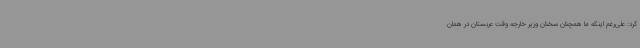
کرد: علی‌رغم اینکه ما همچنان سخنان وزیر خارجه وقت عربستان در همان